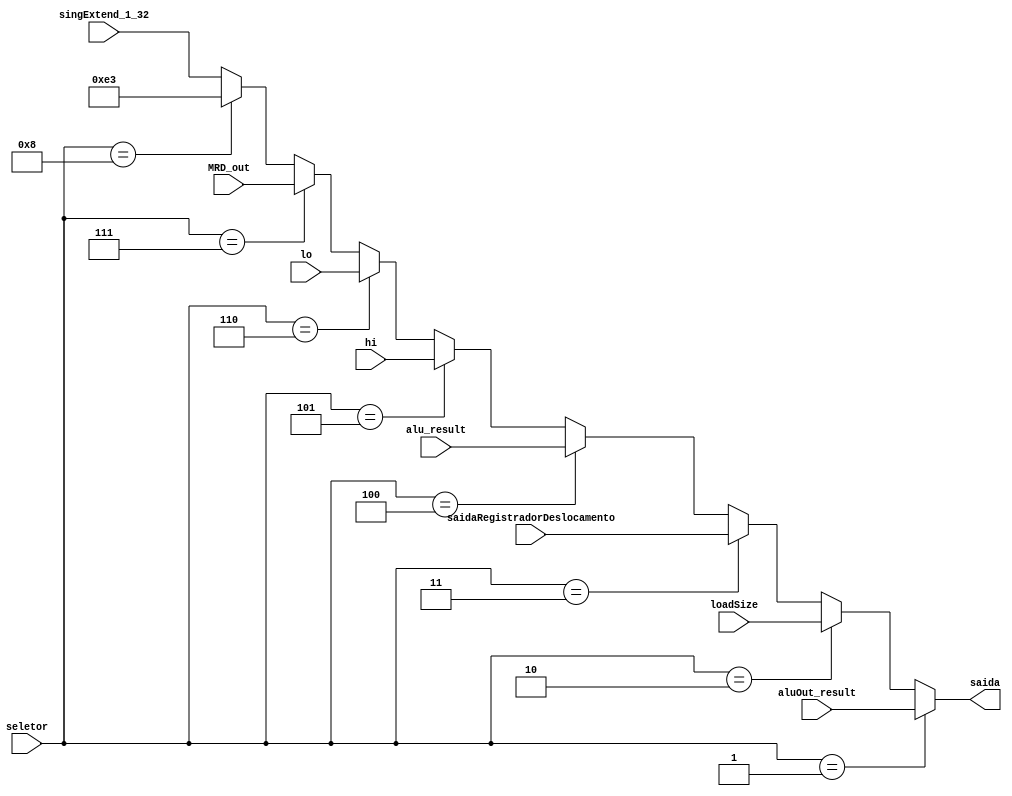
module MuxC_WriteData(
    input wire [3:0] seletor, // 1001
    input wire [31:0] aluOut_result,
    input wire [31:0] loadSize,
    input wire [31:0] saidaRegistradorDeslocamento,
    input wire [31:0] alu_result,
    input wire [31:0] hi,
    input wire [31:0] lo,
    input wire [31:0] MRD_out,
    input wire [31:0] singExtend_1_32,
    output wire [31:0] saida
);

parameter duzentosVinteSete = 32'b00000000000000000000000011100011;

wire [31:0] w1;
wire [31:0] w2;
wire [31:0] w3;
wire [31:0] w4;
wire [31:0] w5;
wire [31:0] w6;
wire [31:0] w7;

assign w7 = (seletor == 4'b1000) ? duzentosVinteSete : singExtend_1_32;
assign w6 = (seletor == 4'b0111) ? MRD_out : w7;
assign w5 = (seletor == 4'b0110) ? lo : w6;
assign w4 = (seletor == 4'b0101) ? hi : w5;
assign w3 = (seletor == 4'b0100) ? alu_result : w4;
assign w2 = (seletor == 4'b0011) ? saidaRegistradorDeslocamento : w3;
assign w1 = (seletor == 4'b0010) ? loadSize: w2;
assign saida = (seletor == 4'b0001) ? aluOut_result : w1;

endmodule